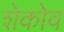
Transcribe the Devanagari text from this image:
शेकोव